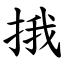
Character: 㧴